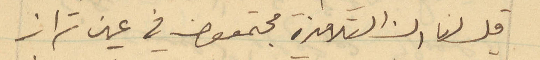
قيل لنا ان التلامذة مجتمعون في عين تراز